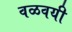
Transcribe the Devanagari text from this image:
वळवयी